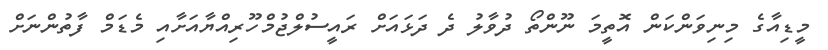
މީޑިއާގެ މިނިވަަންކަން އޮތީމަ ނޫންތޯ ދުވާލު ދެ ދަޅައަށް ރައީސުލްޖުމްހޫރިއްޔާއަށާއި މެޑަމް ފާތުންނަށް